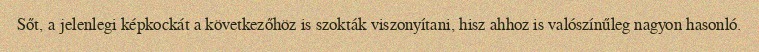
Sőt, a jelenlegi képkockát a következőhöz is szokták viszonyítani, hisz ahhoz is valószínűleg nagyon hasonló.